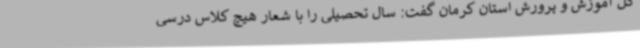
کل آموزش و پرورش استان کرمان گفت: سال تحصیلی را با شعار هیچ کلاس درسی